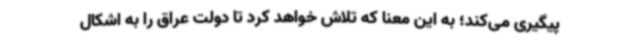
پیگیری می‌کند؛ به این معنا که تلاش خواهد کرد تا دولت عراق را به اشکال